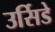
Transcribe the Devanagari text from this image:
उर्सिडे